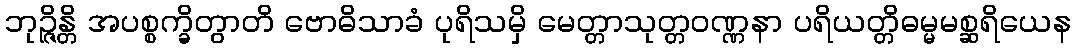
ဘုဉ္ဇိန္တိ အပစ္စက္ခိတွာတိ ဗောဓိသာခံ ပုရိသမှိ မေတ္တာသုတ္တဝဏ္ဏနာ ပရိယတ္တိဓမ္မမစ္ဆရိယေန